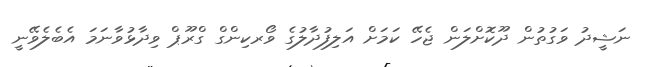
ނަޝީދު ވަގުތުން ދޫކޮށްލަން ޖެހޭ ކަމަށް އަލިފުދާލުގެ ވޯރކިންގް ގްރޫޕް ވިދާޅުވާނަމަ އެބެލެވޭނީ